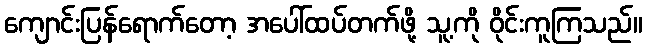
ကျောင်းပြန်ရောက်တော့ အပေါ်ထပ်တက်ဖို့ သူ့ကို ဝိုင်းကူကြသည်။